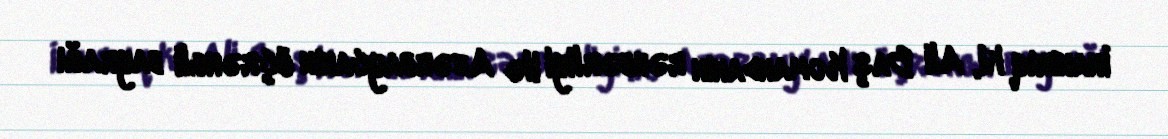
İnanırıq ki, Ali Baş Komandanın rəhbərliyi ilə Azərbaycanın üçrəngli bayrağı